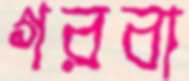
গরবা